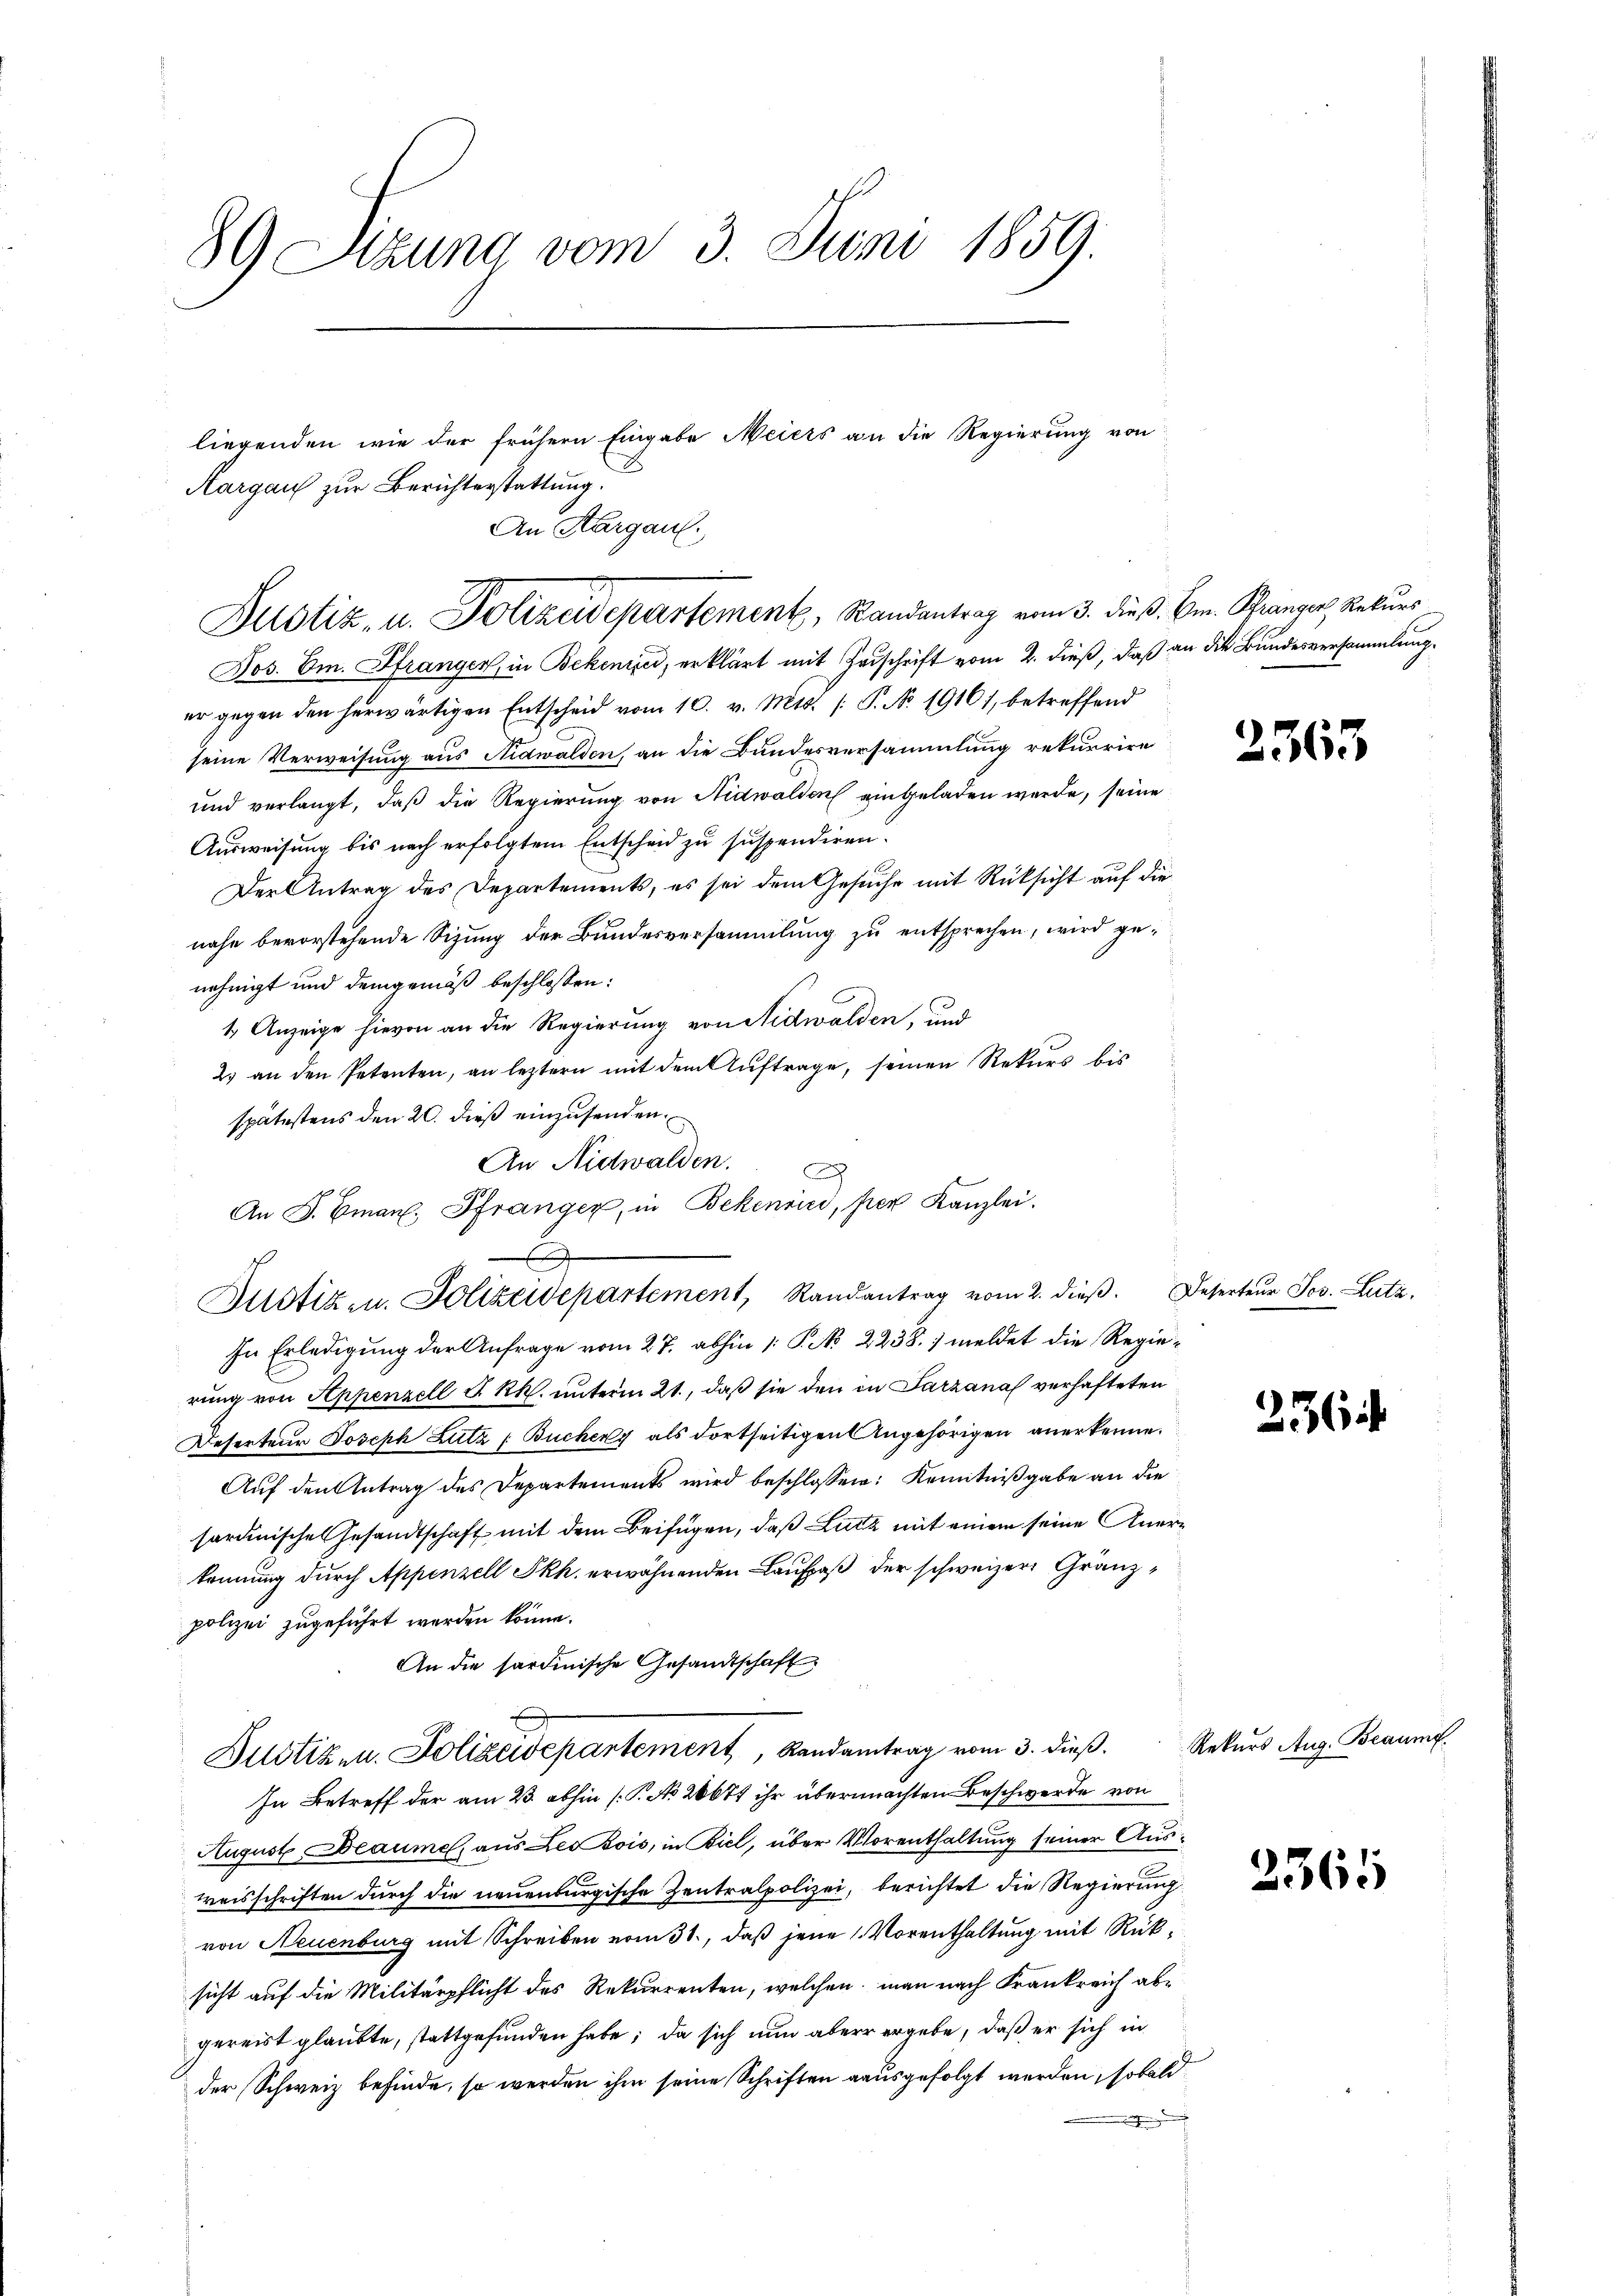
89 Stzung vom 3. Juni 1859.

liegenden wie der frühern Eingabe Meiers an die Regierung von
Aargau zur Berichterstattung.
An Thurgau.

Justiz- u. Polizeidepartement, Randantrag vom 3. dieß. Cm. Branger, Rekurs

f

2
Bustiz- u. Polizeidepartement, Randantrag vom 2. dieß. Deserteur Jos. Lutz,

Jos. Em. Pfrangen, in Bekenizei, erklärt mit Zuschrift vom 2. dieß, daß an die Bundesversammlung.
er gegen den herwärtigen Entscheid vom 10. v. Mts. (: P. Nr. 1916), betreffend
seine Verweisung aus Nidwalden, an die Bundesversammlung rekurrire
und verlangt, daß die Regierung von Nidwalden eingeladen werde, seine
Ausweisung bis nach erfolgtem Entscheid zu suspendiren.
Der Antrag des Departements, es sei dem Gesuche mit Rücksicht auf die
nahe bevorstehende Sizung der Bundesversammlung zu entsprechen, wird genehmigt und demgemäß beschlossen:
1. Anzeige hievon an die Regierung von Nidwalden, und
2. an den Petenten, an leztern mit dem Auftrage, seinen Rekurs bis
spätestens den 20. dieß einzusenden.
An Nidwalden.
An F. Eman. Pfränger, in Bekenried, per Kanzlei.
In Erledigung der Anfrage vom 27. abhin 1: P. No 2238. ) meldet die Regierung von Appenzell S. Rh. unterm 21., daß sie den in Sarzanal verhafteten
Deserteur Joseph Lutz (Buchery als dortseitigen Angehörigen anerkenne.
Auf den Antrag des Departements wird beschlossen: Kenntnißgabe an die
sardinische Gesandtschaft mit dem Beifügen, daß Lutz mit einem seine Anerkennung durch Appenzell Skh. erwähnenden Laufpaß der schweizer Gränzpolizei zugeführt werden könne.
An die sardinische Gesandtschaft
Justizen. Polizeidepartement, Randantrag vom 3. dieß.
In Betreff der am 23. abhin (T. No 26671 ihr übermachten Beschwerde von
August Beaumes, aus Leo Bois, in Biel, über Vorenthaltung seiner Ausweisschriften durch die neuenburgische Zentralpolizei, berichtet die Regierung
von Neuenburg mit Schreiben vom 31., daß jene 1. Vorenthaltung mit Rücksicht auf die Militärpflicht des Rekurrenten, welchen, man nach Frankreich abgereist glaubte, stattgefunden habe; da sich nun aber ergebe, daß er sich in
der Schweiz befinde, so werden ihm seine Schriften ausgefolgt werden, sobald
.

2563

236

Rekurs Aug. Beaumf

2365